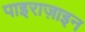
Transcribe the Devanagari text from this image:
पाइराज़ाइन